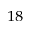
_ { 1 8 }